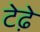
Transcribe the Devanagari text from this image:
टेढे़